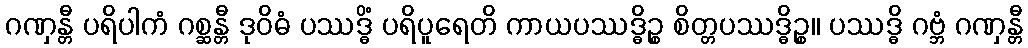
ဂဏှန္တီ ပရိပါကံ ဂစ္ဆန္တီ ဒုဝိဓံ ပဿဒ္ဓိံ ပရိပူရေတိ ကာယပဿဒ္ဓိဉ္စ စိတ္တပဿဒ္ဓိဉ္စ။ ပဿဒ္ဓိ ဂဗ္ဘံ ဂဏှန္တီ